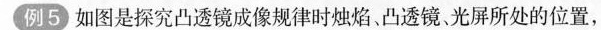
例5 如图是探究凸透镜成像规律时烛焰、凸透镜、光屏所处的位置，